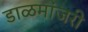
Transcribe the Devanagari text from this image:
डाळमांजरी